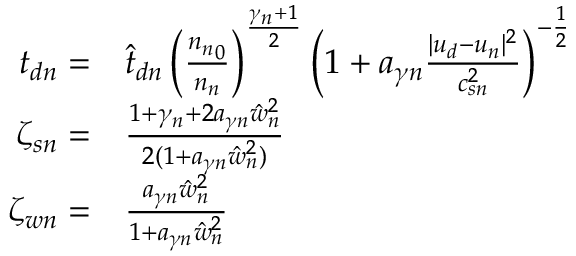
\begin{array} { r l } { { t _ { d n } } = } & { \hat { t } _ { d n } \left( \frac { { n _ { n } } _ { 0 } } { { n _ { n } } } \right) ^ { \frac { \gamma _ { n } + 1 } { 2 } } \left( 1 + a _ { \gamma n } \frac { | { u _ { d } } - { u _ { n } } | ^ { 2 } } { c _ { s n } ^ { 2 } } \right) ^ { - \frac 1 2 } } \\ { \zeta _ { s n } = } & { \frac { 1 + \gamma _ { n } + 2 a _ { \gamma n } \hat { w } _ { n } ^ { 2 } } { 2 ( 1 + a _ { \gamma n } \hat { w } _ { n } ^ { 2 } ) } } \\ { \zeta _ { w n } = } & { \frac { a _ { \gamma n } \hat { w } _ { n } ^ { 2 } } { 1 + a _ { \gamma n } \hat { w } _ { n } ^ { 2 } } } \end{array}